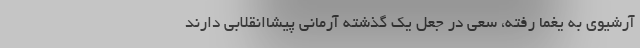
آرشیوی به یغما رفته، سعی در جعل یک گذشته آرمانی پیشاانقلابی دارند